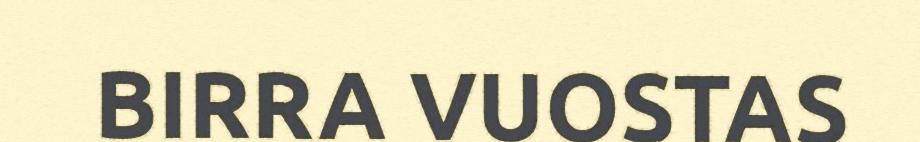
BIRRA VUOSTAS